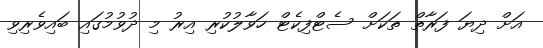
އަށް ދިޔަ ފަރާތް ތަކަށް ސެޓްފިކެޓް ހަވާލުކުރި އިރު މި ދުވުމުގައި ބައިވެރިވި